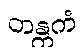
တန္တကံ